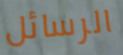
الرسائل